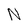
Character: N